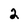
Character: 2